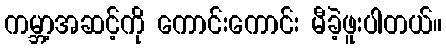
ကမ္ဘာ့အဆင့်ကို ကောင်းကောင်း မီခဲ့ဖူးပါတယ်။